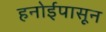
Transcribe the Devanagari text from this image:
हनोईपासून